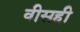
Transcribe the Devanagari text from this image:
वीसही